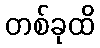
တစ်ခုထိ